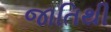
જાતિથી